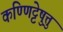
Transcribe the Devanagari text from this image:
कण्णिट्टेषु़त्तु